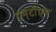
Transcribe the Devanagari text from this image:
एम्‌टीेएस